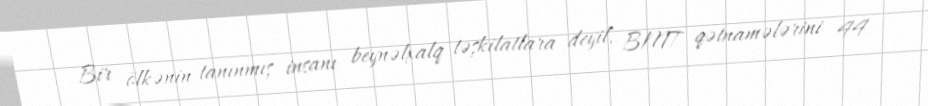
Bir ölkənin tanınmış insanı beynəlxalq təşkilatlara deyil, BMT qətnamələrini 44